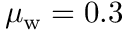
\mu _ { \mathrm { w } } = 0 . 3